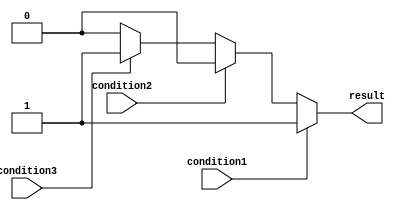
module multiple_if_else_statement (
    input wire condition1,
    input wire condition2,
    input wire condition3,
    output reg result
);

always @(condition1 or condition2 or condition3) begin
    if (condition1) begin
        result <= 1;
    end
    else if (condition2) begin
        result <= 2;
    end
    else if (condition3) begin
        result <= 3;
    end
    else begin
        result <= 0;
    end
end

endmodule